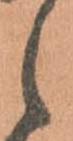
候